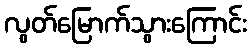
လွတ်မြောက်သွားကြောင်း